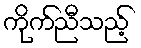
ကိုက်ညီသည့်